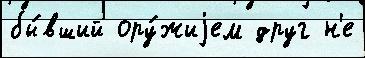
бы́вший ору́жиjем друг н'е